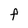
Character: F